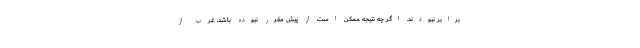
برابر نبودند. اگر چه نتیجه ممکن است از پیش مقرر نبوده باشد، غرب از